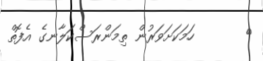
٣       ހަމަކަށަވަރުން ތިމަންރަސްކަލާނގެ އެފޮތް